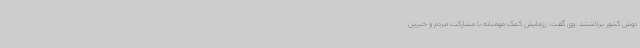
دوش کشور برداشتند. وی گفت: رزمایش کمک مومنانه با مشارکت مردم و خیرین